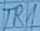
Text: TR1